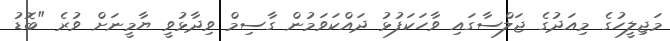
މަޖިލީހުގެ މިއަދުގެ ޖަލްސާގައި ވާހަކަފުޅު ދައްކަވަމުން ގާސިމް ވިދާޅުވީ ޔާމީނަށް ވުރެ "ބޮޑު